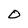
Character: O